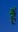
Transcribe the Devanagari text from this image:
है॑